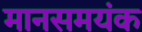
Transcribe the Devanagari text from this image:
मानसमयंक